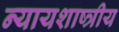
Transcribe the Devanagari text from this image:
न्यायशाष्त्रीय